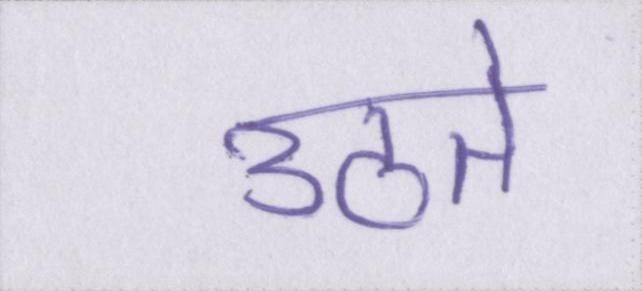
उठते